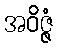
အဝိဇ္ဇံ